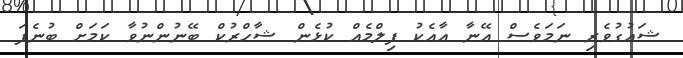
ޝައުގުވެރި ނަމަވެސް އޭނާ އާއެކު ފިލްމެއް ކުޅެން ޝާހްރުކް ބޭނުންނުވާ ކަމަށް ބުނެފަ